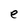
Character: e